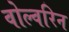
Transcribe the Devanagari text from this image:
वोल्वरिन